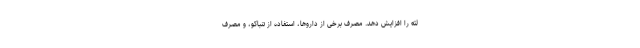
لثه را افزایش دهد. مصرف برخی از داروها، استفاده از تنباکو، و مصرف